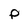
Character: P